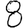
Digit: 8